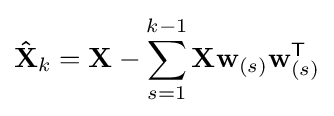
\mathbf {\hat {X}} _{k}=\mathbf {X} -\sum _{s=1}^{k-1}\mathbf {X} \mathbf {w} _{(s)}\mathbf {w} _{(s)}^{\mathsf {T}}